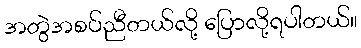
အတွဲအစပ်ညီတယ်လို့ ပြောလို့ရပါတယ်။